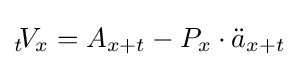
{}_{t}\!V_{x}=A_{x+t}-P_{x}\cdot {\ddot {a}}_{x+t}